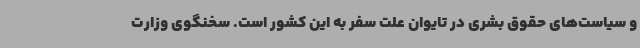
و سیاست‌های حقوق بشری در تایوان علت سفر به این کشور است. سخنگوی وزارت